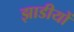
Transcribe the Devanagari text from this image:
झाडीयों